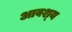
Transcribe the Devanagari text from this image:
आवश्‍य